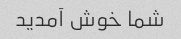
شما خوش آمدید